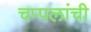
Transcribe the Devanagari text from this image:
चप्पलांची